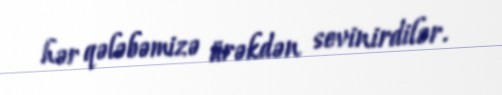
hər qələbəmizə ürəkdən sevinirdilər.